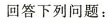
回答下列问题：